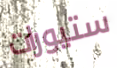
ستيورات